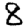
Digit: 8